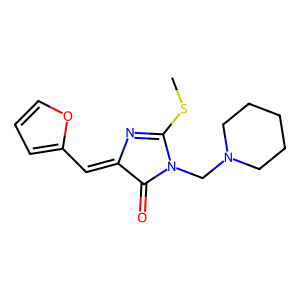
SMILES: CSC1=NC(=Cc2ccco2)C(=O)N1CN1CCCCC1
Inhibits HIV replication: No